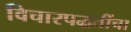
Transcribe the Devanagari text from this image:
विचारपद्धतींचा